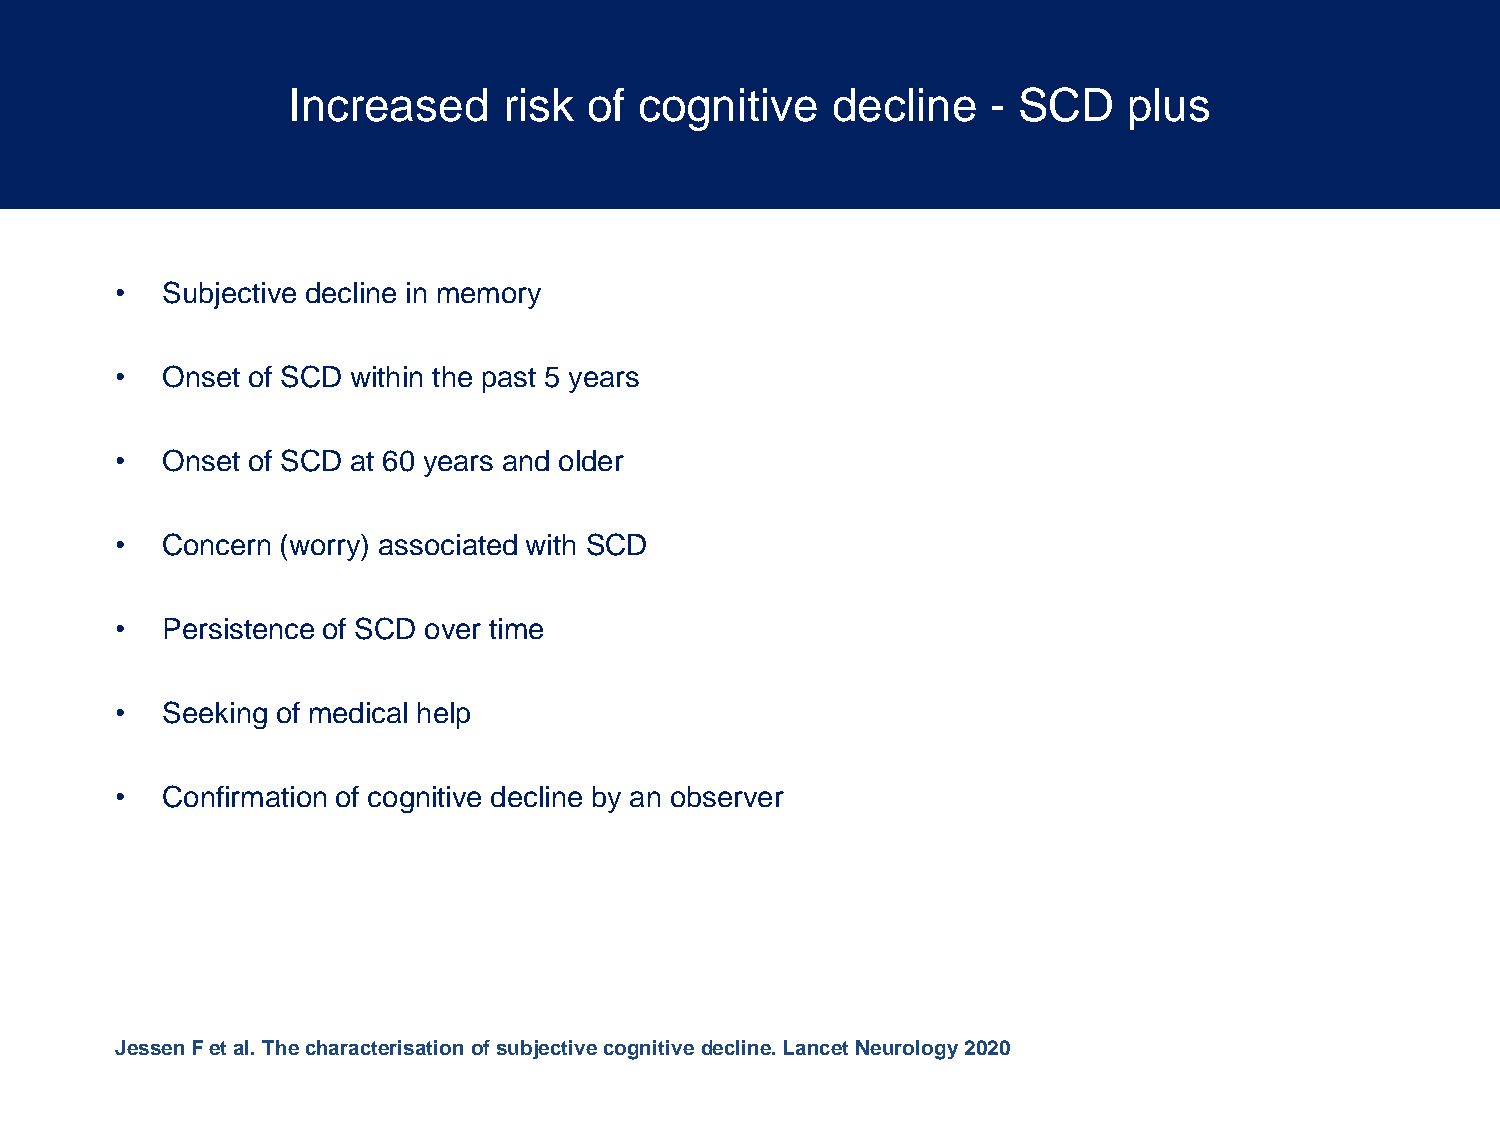
Increased     risk  of cognitive    decline    - SCD    plus
 •  Subjective decline in memory
 •  Onset of SCD within the past 5 years
 •  Onset of SCD at 60 years and older
 •  Concern (worry) associated with SCD
 •  Persistence of SCD over time
 •  Seeking of medical help
 •  Confirmation of cognitive decline by an observer
 Jessen F et al. The characterisation of subjective cognitive decline. Lancet Neurology 2020